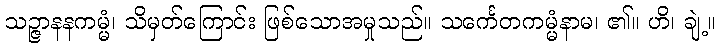
သဉ္ဇာနနကမ္မံ၊ သိမှတ်ကြောင်း ဖြစ်သောအမှုသည်။ သင်္ကေတကမ္မံနာမ၊ ၏။ ဟိ၊ ချဲ့။